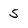
Character: 5